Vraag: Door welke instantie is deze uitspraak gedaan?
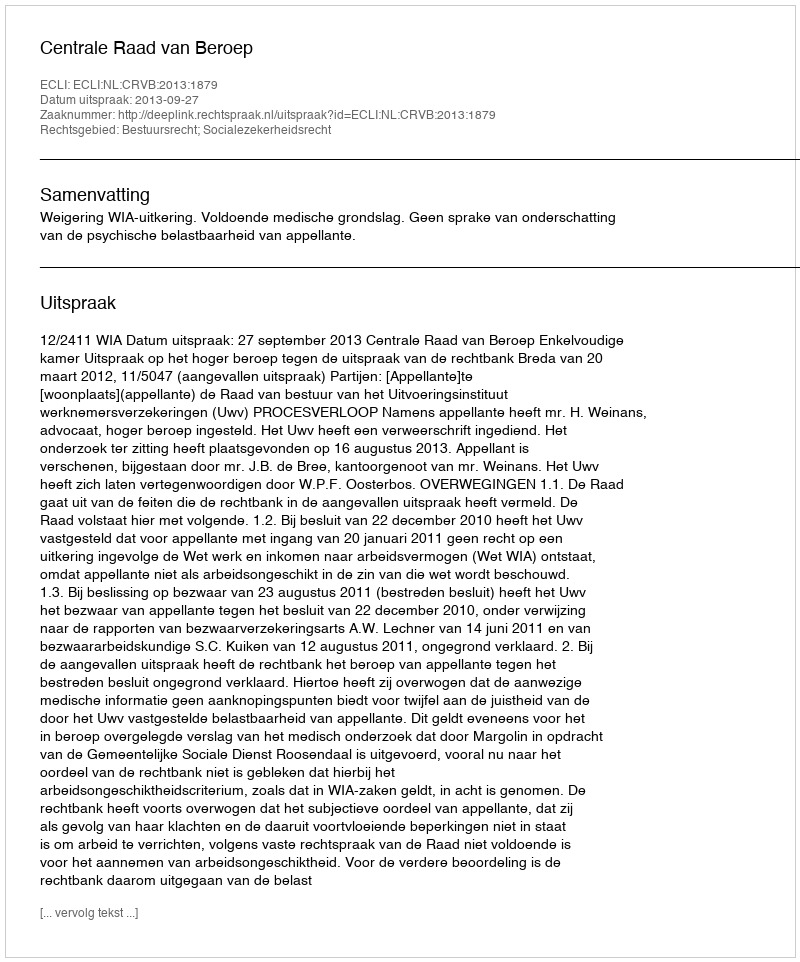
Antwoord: Centrale Raad van Beroep